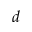
d